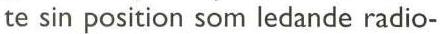
te sin position som ledande radio-